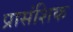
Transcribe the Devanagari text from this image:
प्रासंशिक